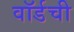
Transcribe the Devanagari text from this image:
वॉर्डची